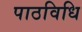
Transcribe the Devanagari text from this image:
पाठविधि